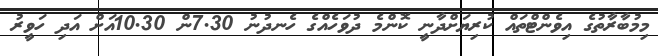
މިމުބާރާތުގެ އިވެންޓްތައް ކުރިޔަށްދާނީ ކޮންމެ ދުވަހެއްގެ ހެނދުނު 7.30ން 10.30އަށް އަދި ހަވީރު